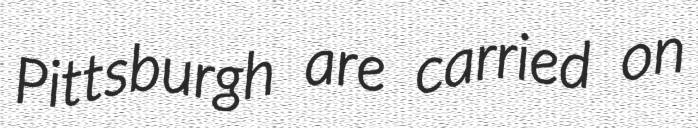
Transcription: Pittsburgh are carried on